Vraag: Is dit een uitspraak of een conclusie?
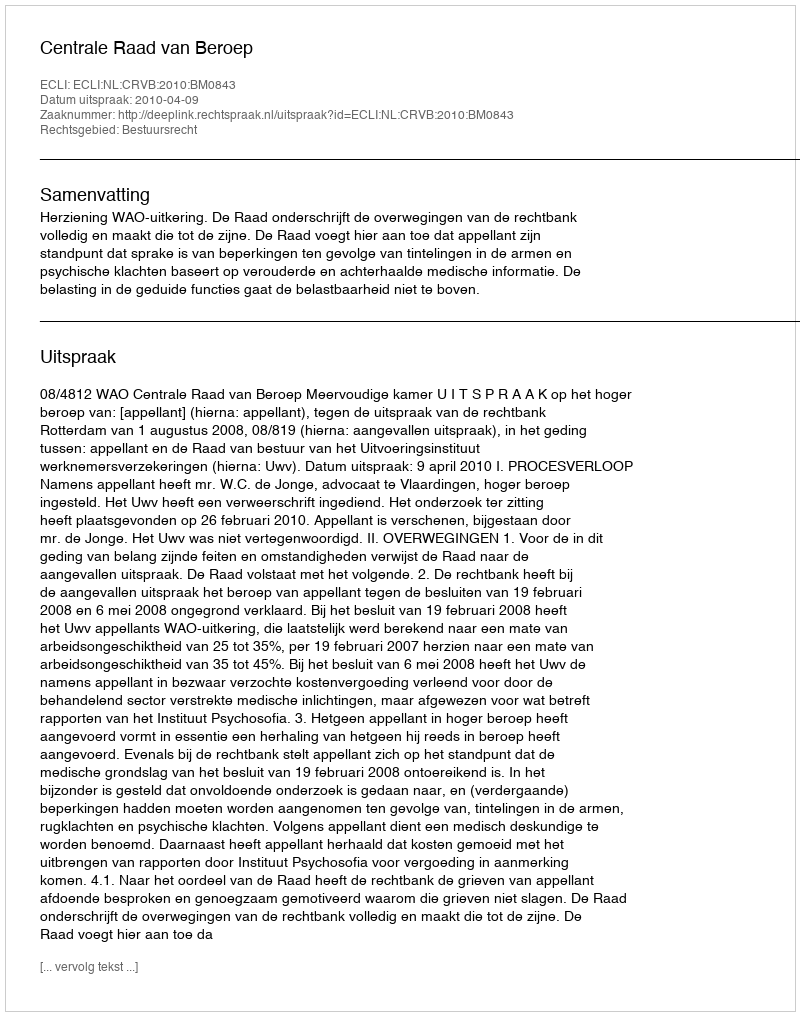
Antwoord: Uitspraak